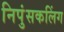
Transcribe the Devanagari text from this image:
निपुंसकलिंग